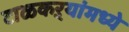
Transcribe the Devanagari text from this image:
टाळकऱ्यांमध्ये